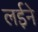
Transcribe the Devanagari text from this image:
लईने